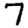
Digit: 7